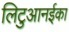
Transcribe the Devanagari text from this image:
लिटुआनईका